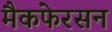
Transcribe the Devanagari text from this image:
मैकफेरसन